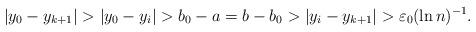
LaTeX: \begin{align*}&|y_0-y_{k+1}|>|y_0-y_i|>b_0-a=b-b_0>|y_i-y_{k+1}|> \varepsilon_0 (\ln n)^{-1}.\end{align*}